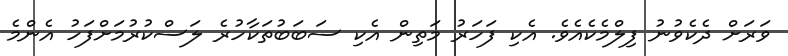
ވަރަށް ދެކެވުނު ފިލްމެކެއެވެ. އެކި ފަހަރު މަތިން އެކި ސަބަބުތަކާހުރެ ލަސްކުރުމަށްފަހު އެންމެ